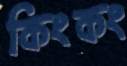
কিংকং